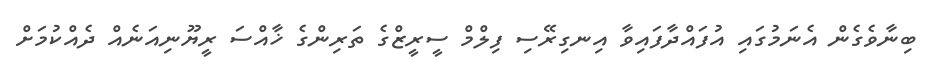
ބިނާވެގެން އެނަމުގައި އުފައްދާފައިވާ އިނގިރޭސި ފިލްމް ސީރީޒްގެ ތަރިންގެ ޚާއްސަ ރީޔޫނިއަނެއް ދެއްކުމަށް